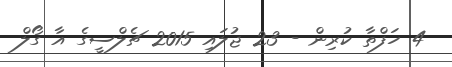
4 ހަފްތާ ކުރިން - 23 ޖުލައި 2015 ޗެލްސީގެ އާ ގޯލް